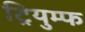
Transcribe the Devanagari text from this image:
ट्रियुम्फ